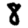
Digit: 8